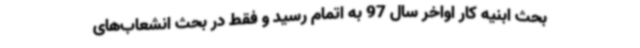
بحث ابنیه کار اواخر سال 97 به اتمام رسید و فقط در بحث انشعاب‌های